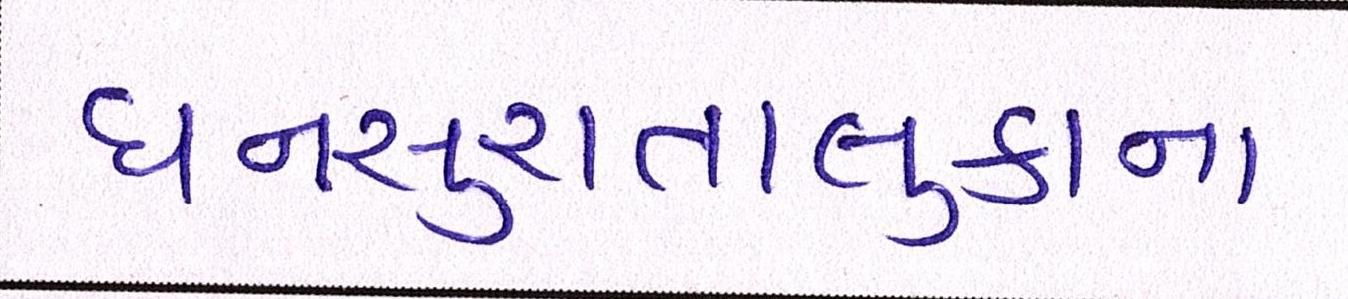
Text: ધનસુરાતાલુકાના